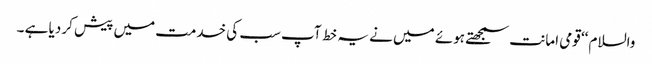
والسلام ‘‘ قومی امانت سمجھتے ہوئے میں نے یہ خط آپ سب کی خدمت میں پیش کر دیا ہے ۔